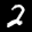
Label: 2